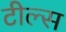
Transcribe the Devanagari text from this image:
टील्स